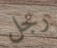
رجل